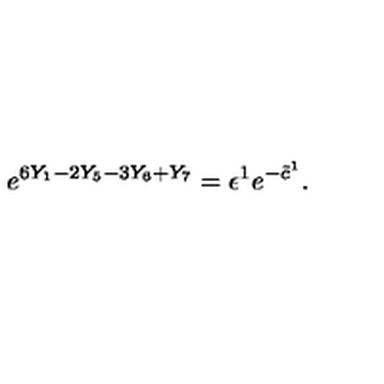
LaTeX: e ^ { 6 Y _ { 1 } - 2 Y _ { 5 } - 3 Y _ { 6 } + Y _ { 7 } } = \epsilon ^ { 1 } e ^ { - \tilde { c } ^ { 1 } } .